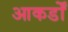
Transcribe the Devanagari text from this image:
आकडोँ